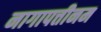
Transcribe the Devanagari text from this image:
नागापत्तीनम